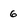
Character: 6